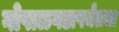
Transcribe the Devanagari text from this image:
गोपाळगडापर्यंतचा